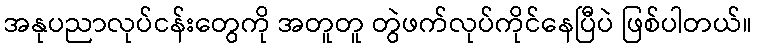
အနုပညာလုပ်ငန်းတွေကို အတူတူ တွဲဖက်လုပ်ကိုင်နေပြီပဲ ဖြစ်ပါတယ်။